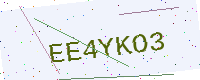
Text: EE4YKO3